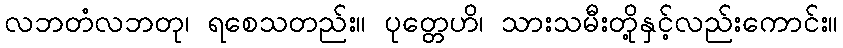
လဘတံလဘတု၊ ရစေသတည်း။ ပုတ္တေဟိ၊ သားသမီးတို့နှင့်လည်းကောင်း။